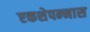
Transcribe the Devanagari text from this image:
एकशेपन्‍नास